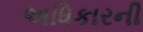
અધિકારની